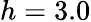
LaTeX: h=3.0